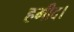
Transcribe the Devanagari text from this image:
हमीद।